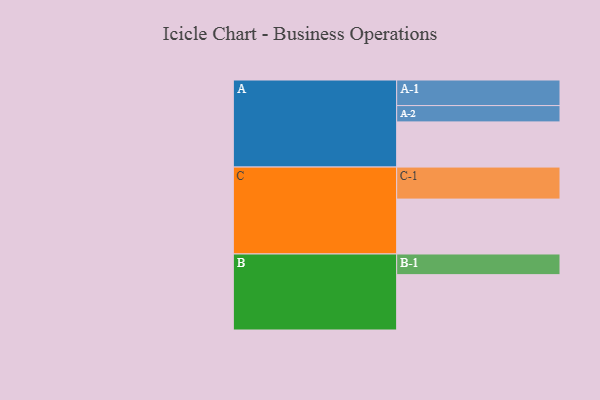
{"axis": {"x": "Segment", "y": "Value"}, "legend": ["", "A", "B", "C"], "data": [{"x": "A", "y": 302, "type": ""}, {"x": "B", "y": 370, "type": ""}, {"x": "C", "y": 367, "type": ""}, {"x": "A-1", "y": 171, "type": "A"}, {"x": "A-2", "y": 109, "type": "A"}, {"x": "B-1", "y": 138, "type": "B"}, {"x": "C-1", "y": 214, "type": "C"}]}